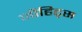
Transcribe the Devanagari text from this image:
जीहिट्स